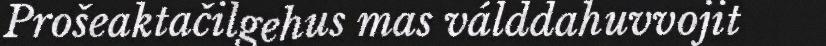
Prošeaktačilgehus mas válddahuvvojit